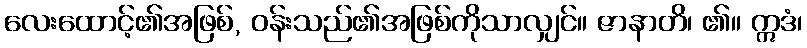
လေးထောင့်၏အဖြစ်, ဝန်းသည်၏အဖြစ်ကိုသာလျှင်။ ဇာနာတိ၊ ၏။ ဣဒံ၊